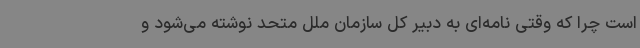
است چرا که وقتی نامه‌ای به دبیر کل سازمان ملل متحد نوشته می‌شود و